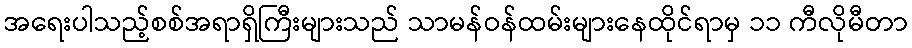
အရေးပါသည့်စစ်အရာရှိကြီးများသည် သာမန်ဝန်ထမ်းများနေထိုင်ရာမှ ၁၁ ကီလိုမီတာ